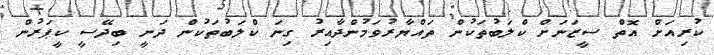
ކުރިއަށް އޮތް ސީޒަނަށް ކްލަބުތަކުން ތައްޔާރުވަމުންދާއިރު ގިނަ ކްލަބުތަކުން ދަނީ ބިދޭސީ ކީޕަރުން